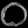
Digit: ၀